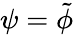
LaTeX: \psi=\tilde{\phi}